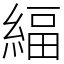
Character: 䋹